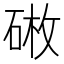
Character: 𪿥